Report on the lunatic asylums under the Government of Bombay - 1904-1913
Year: 1904
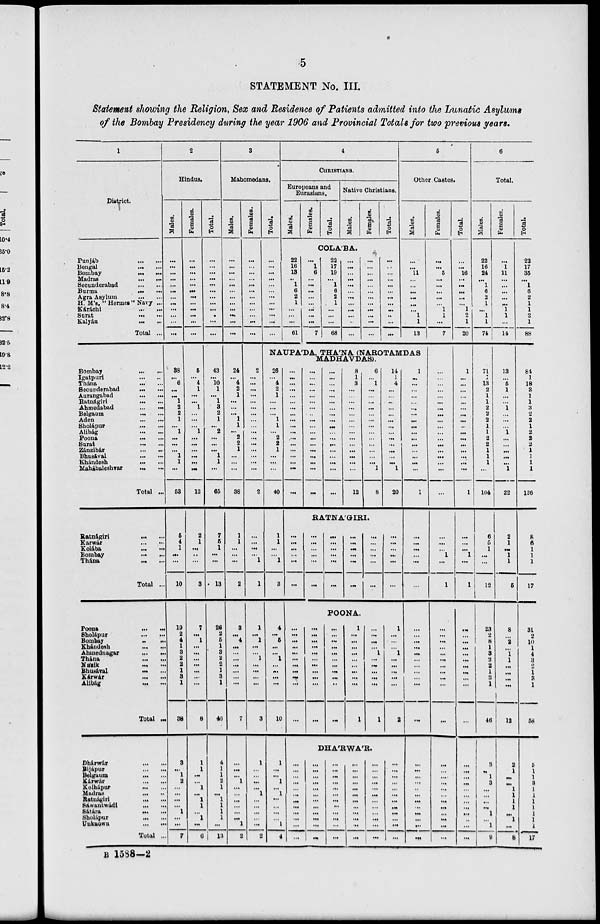
5
STATEMENT No. III.
Statement showing the Religion, Sex and Residence of Patients admitted into the Lunatic
Asylums
of the Bombay Presidency during the year 1906 and Provincial Totals for two previous years.
1
District.
Punjáb ... ...
Bengál ... ...
Bombay ... ...
Madras ... ...
Secunderabad ... ...
Burma ... ...
Agra Asylum ... ...
H. M's. ''Hermes"Navy ...
Káráchi ... ...
Surat
...
...
Kalyán
...
...
Total ...
Bombay
...
...
Igatpuri
...
...
Thána
...
...
Secunderabad
...
...
Aurangabad
...
...
Ratnágiri
...
...
Ahmedabad
...
...
Belgaum
...
...
Aden
...
...
Sholápur
...
...
Alibág
...
...
Poona
...
...
Surat
...
...
Zánzibár
...
...
Bhusával
...
...
Khándesh
...
...
Mahábaleshvar
...
...
Total
...
Ratnágiri
...
...
Karwár
...
...
Kolába
...
...
Bombay
...
...
Thána
...
...
Total
...
Poona
...
...
Sholápur
...
...
Bombay
...
...
Khándesh
...
...
Ahmednagar
...
...
Thána
...
...
Násik
...
...
Bhusával
...
...
Kárwar
...
...
Alibág
...
...
Total ...
Dhárwár
...
...
Bijápur
...
...
Belgaum
...
...
Kárwár
...
...
Kolhápur
...
...
Madras
...
...
Ratnágiri
...
...
Sáwantwádi
...
...
Sátára
...
...
Sholápur
...
...
Uuknown
...
...
Total ...
2
Hindus.
Males.
...
...
...
...
...
...
...
...
...
...
...
...
38
...
6
...
...
1
2
2
1
...
1
...
...
...
1
1
...
53
5
4
1
...
...
10
19
2
4
1
3
2
2
1
3
1
38
3
...
1
2
...
...
...
...
1
...
...
7
Females.
...
...
...
...
...
...
...
...
...
...
...
...
6
...
4
1
...
...
1
...
...
...
1
...
...
...
...
...
...
12
2
1
...
...
...
3
7
...
1
...
...
...
...
...
...
...
8
1
1
...
...
1
...
1
1
...
1
...
6
Total.
...
...
...
...
...
...
...
...
...
...
...
...
43
...
10
1
...
1
3
2
1
...
2
...
...
...
1
1
...
65
7
5
1
...
...
13
26
2
5
1
3
2
2
1
3
1
46
4
1
1
2
1
...
1
1
1
1
...
13
3
Mahomedans.
Males.
...
...
...
...
...
...
...
...
...
...
...
...
24
...
4
2
1
...
...
...
1
1
...
2
2
1
...
...
...
38
1
1
...
...
...
2
3
...
4
...
...
...
...
...
...
...
7
...
...
...
1
...
...
...
...
...
...
1
2
Females.
...
...
...
...
...
...
...
...
...
...
...
...
2
...
...
...
...
...
...
...
...
...
...
...
...
...
...
...
...
2
...
...
...
...
1
1
1
...
1
...
...
1
...
...
...
...
3
1
...
...
...
...
1
...
...
...
...
...
2
Total.
...
...
...
...
...
...
...
...
...
...
...
...
4
CHRISTIANS.
Europeans and
Eurasians.
Males. Females. Total.
Native Christians.
Males. Females Total.
COLÁBA.
22
16
13
...
1
6
2
1
...
...
...
61
...
1
6
...
...
...
...
...
...
...
...
7
22
17
19
...
1
6
2
1
...
...
...
68
...
...
...
...
...
...
...
...
...
...
...
...
...
...
...
...
...
...
...
...
...
...
...
...
...
...
...
...
...
...
...
...
..
...
...
5
Other Castes.
Males.
...
...
11
...
...
...
...
...
...
1
1
13
NAUPA'DA, THA'NA (NAROTAMDAS
MADHAVDAS).
26
...
4
2
1
...
...
...
1
1
...
2
2
1
...
...
...
40
1
1
...
...
1
3
4
...
5
...
...
1
...
...
...
...
10
1
...
...
1
...
1
...
...
...
...
1
4
...
...
...
...
...
...
...
...
...
...
...
...
...
...
...
...
...
...
...
...
...
...
...
...
...
...
...
...
...
...
...
...
...
...
...
...
...
...
...
...
...
...
...
...
...
...
...
...
...
...
...
...
...
...
8
1
3
...
...
...
...
...
...
...
...
...
...
...
...
...
...
12
6
...
1
...
...
...
...
...
...
...
...
...
...
...
...
...
1
8
14
1
4
...
...
...
...
...
...
...
...
...
...
...
...
...
1
20
RATNA'GIRI.
...
...
...
...
...
...
...
...
...
...
...
...
...
...
...
...
...
...
...
...
...
...
...
...
...
...
...
...
...
...
...
...
...
...
...
...
POONA.
...
...
...
...
...
...
...
...
...
...
...
...
...
...
...
...
...
...
...
...
...
...
...
...
...
...
...
...
...
...
...
...
...
1
...
...
...
...
...
...
...
...
...
1
...
...
...
...
1
...
...
...
...
...
1
1
...
...
...
1
...
...
...
...
...
2
DHA'RWA'R.
...
...
...
...
...
...
...
...
...
...
...
...
...
...
...
...
...
...
...
...
...
...
...
...
...
...
...
...
...
...
...
...
...
...
...
...
...
...
...
...
...
...
...
...
...
...
...
...
...
...
...
...
...
...
...
...
...
...
...
...
...
...
...
...
...
...
...
...
...
...
...
...
1
...
...
...
...
...
...
...
...
...
...
...
...
...
...
...
...
1
...
...
...
...
...
...
...
...
...
...
...
...
...
...
...
...
...
...
...
...
...
...
...
...
...
...
...
...
...
Females.
...
...
5
...
...
...
...
...
1
1
...
7
...
...
...
...
...
...
...
...
...
...
...
...
...
...
...
...
...
...
...
...
...
1
...
1
...
...
...
...
...
...
...
...
...
...
...
...
...
...
...
...
...
...
...
...
...
...
...
Total.
...
...
16
...
...
...
...
...
1
2
1
20
1
...
...
...
...
...
...
...
...
...
...
...
...
...
...
...
...
1
...
...
...
1
...
1
...
...
...
...
...
...
...
...
...
...
...
...
...
...
...
...
...
...
...
...
...
...
...
6
Total.
Males.
22
16
24
... 1
6
2
1
...
1
1
74
71
1
13
2
1
1
2
2
2
1
1
2
2
1
1
1
...
104
6
5
1
...
...
12
23
2
8
1
3
2
2
1
3
1
46
3
...
1
3
...
...
...
...
1
...
1
9
Females.
...
1
11
...
...
...
...
...
1
1
...
14
13
...
5
1
...
...
1
...
...
...
1
...
...
...
...
...
1
22
2
1
...
1
1
5
8
...
2
...
1
1
...
...
...
...
12
2
1
...
...
1
1
1
1
...
1
...
8
Total.
22
17
35
...
1
6
2
1
1
2
1
88
84
1
18
3
1
1
3
2
2
1
2
2
2
1
1
1
1
126
8
6
1
1
1
17
31
2
10
1
4
3
2
1
3
1
58
5
1
1
3
1
1
1
1
1
1
1
17
B 1588—2